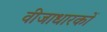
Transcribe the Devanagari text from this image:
वीजाधारकों